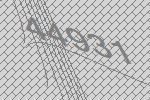
44931